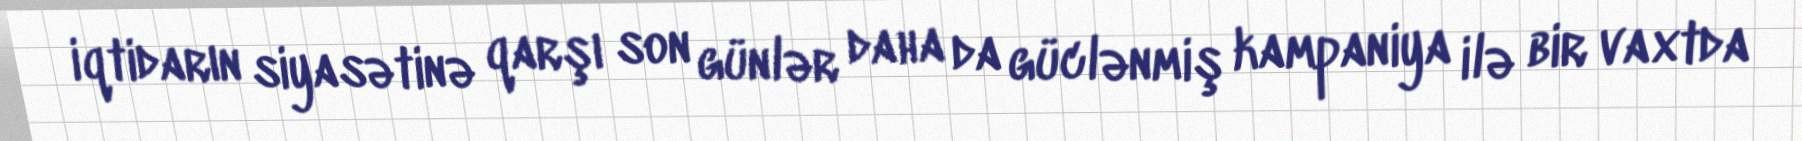
iqtidarın siyasətinə qarşı son günlər daha da güclənmiş kampaniya ilə bir vaxtda